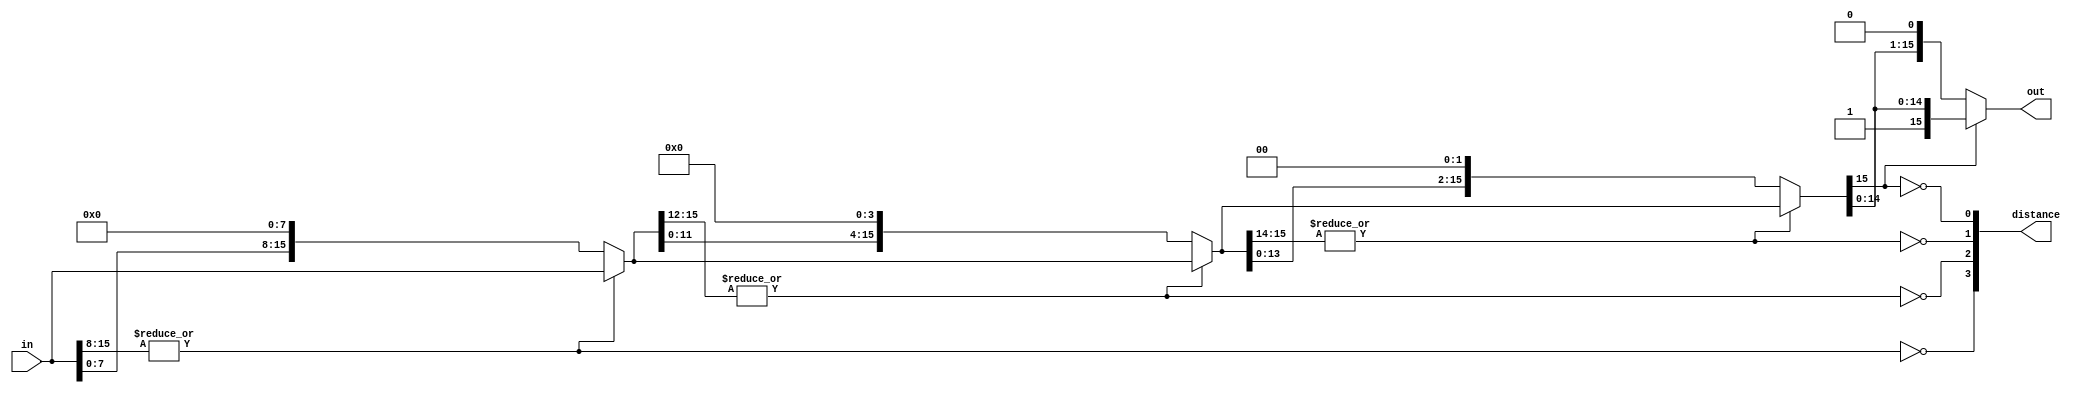
// Copyright 2007 Altera Corporation. All rights reserved.  
// Altera products are protected under numerous U.S. and foreign patents, 
// maskwork rights, copyrights and other intellectual property laws.  
//
// This reference design file, and your use thereof, is subject to and governed
// by the terms and conditions of the applicable Altera Reference Design 
// License Agreement (either as signed by you or found at www.altera.com).  By
// using this reference design file, you indicate your acceptance of such terms
// and conditions between you and Altera Corporation.  In the event that you do
// not agree with such terms and conditions, you may not use the reference 
// design file and please promptly destroy any copies you have made.
//
// This reference design file is being provided on an "as-is" basis and as an 
// accommodation and therefore all warranties, representations or guarantees of 
// any kind (whether express, implied or statutory) including, without 
// limitation, warranties of merchantability, non-infringement, or fitness for
// a particular purpose, are specifically disclaimed.  By making this reference
// design file available, Altera expressly does not recommend, suggest or 
// require that this reference design file be used in combination with any 
// other product not provided by Altera.
/////////////////////////////////////////////////////////////////////////////

// baeckler - 04-20-2007

// shift "in" left until the most significant bit is a "1"
// pass the shifted value, and number of shifts required
// to the output.

module scale_up (in,out,distance);

parameter WIDTH = 16;
parameter WIDTH_DIST = 4;

input [WIDTH-1:0] in;
output [WIDTH-1:0] out;
output [WIDTH_DIST-1:0] distance;

wire [(WIDTH_DIST+1) * WIDTH-1:0] shift_layers;
assign shift_layers [WIDTH-1:0] = in;

genvar i;
generate
	for (i=0;i<WIDTH_DIST;i=i+1)
	begin : shft
		wire [WIDTH-1:0] layer_in;
		wire [WIDTH-1:0] shifted_out;
		wire [WIDTH-1:0] layer_out;
		
		assign layer_in = shift_layers[(i+1)*WIDTH-1:i*WIDTH];

		// are there ones in the upper part?
		wire shift_desired = ~|(layer_in[WIDTH-1:WIDTH-(1 << (WIDTH_DIST-1-i))]);
		assign distance[(WIDTH_DIST-1-i)] = shift_desired;

		// barrel shifter
		assign shifted_out = layer_in << (1 << (WIDTH_DIST-1-i));
		assign layer_out = shift_desired ? shifted_out : layer_in;
		
		assign shift_layers[(i+2)*WIDTH-1:(i+1)*WIDTH] = layer_out;
								
	end
endgenerate

assign out = shift_layers[(WIDTH_DIST+1)*WIDTH-1 : WIDTH_DIST*WIDTH];

endmodule